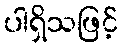
ပါရှိသဖြင့်